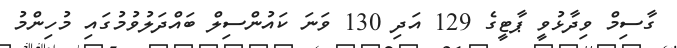
ގާސިމް ވިދާޅުވީ ޕާޓީގެ 129 އަދި 130 ވަނަ ކައުންސިލް ބައްދަލުވުމުގައި މުހިންމު